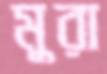
মুরা